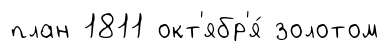
план 1811 окт'ябр'я́ золотом